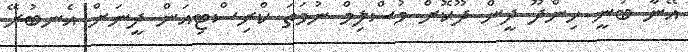
އޭނާ ބުނީ ހިންދޫ ދީން ދޫކޮށް މުސްލިމް ނުވަތަ ކްރިސްޓިއަން ދީނަށް އެނބުރޭ